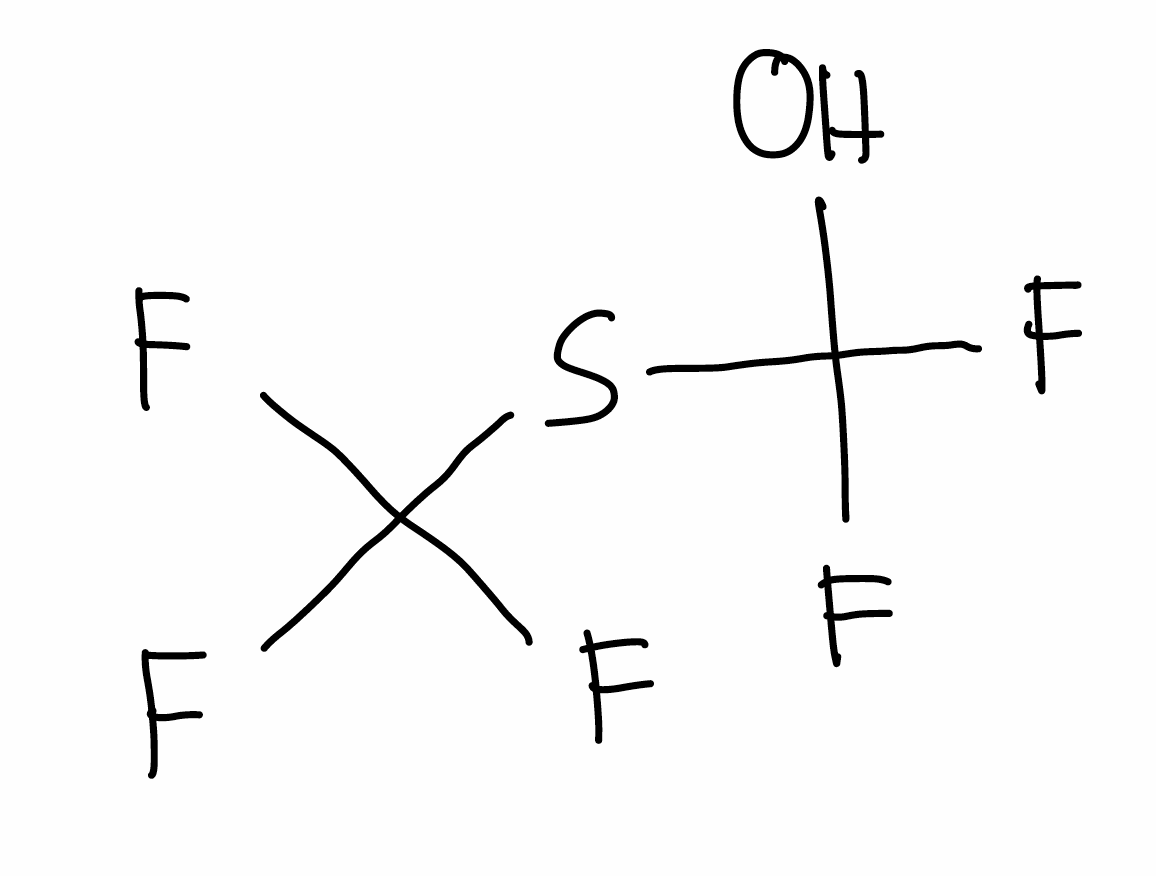
Simplified molecular-input line-entry system (SMILES) notation of the given molecule:
C(O)(F)(F)SC(F)(F)F